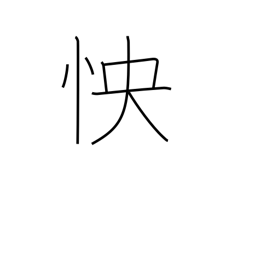
Meaning: grudge